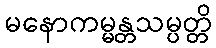
မနောကမ္မန္တသမ္ပတ္တိ